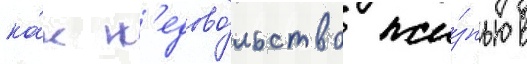
ка́к н'едово́льство жи́знью в